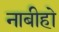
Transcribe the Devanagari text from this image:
नाबीहो